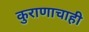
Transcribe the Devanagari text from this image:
कुराणाचाही